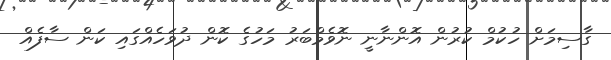
ގާސިމަށް ހުކުމް ކުރުން އޮންނާނީ ނޮވެމްބަރު މަހުގެ ކޮން ދުވަހެއްގައި ކަން ސާފެއް